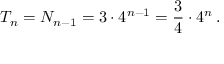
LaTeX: T _ { n } = N _ { n - 1 } = 3 \cdot 4 ^ { n - 1 } = { \frac { 3 } { 4 } } \cdot 4 ^ { n } \, .